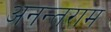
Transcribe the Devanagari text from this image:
अनन्तराम